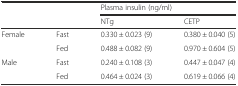
<table><thead><tr><td></td><td></td><td colspan="2"><b>Plasma insulin (ng/ml)</b></td></tr><tr><td></td><td></td><td><b>NTg</b></td><td><b>CETP</b></td></tr></thead><tbody><tr><td>Female</td><td>Fast</td><td>0.330 ± 0.023 (9)</td><td>0.380 ± 0.040 (5)</td></tr><tr><td></td><td>Fed</td><td>0.488 ± 0.082 (9)</td><td>0.970 ± 0.604 (5)</td></tr><tr><td>Male</td><td>Fast</td><td>0.240 ± 0.108 (3)</td><td>0.447 ± 0.047 (4)</td></tr><tr><td></td><td>Fed</td><td>0.464 ± 0.024 (3)</td><td>0.619 ± 0.066 (4)</td></tr></tbody></table>